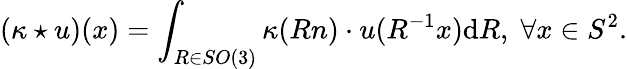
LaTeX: (\kappa\star u)(x)=\int_{R\in SO(3)}\kappa(Rn)\cdot u(R^{-1}x)\mathrm{d}R,\; \forall x\in S^{2}.